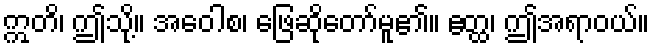
ဣတိ၊ ဤသို့။ အဝေါစ၊ ဖြေဆိုတော်မူ၏။ ဧတ္ထ၊ ဤအရာဝယ်။